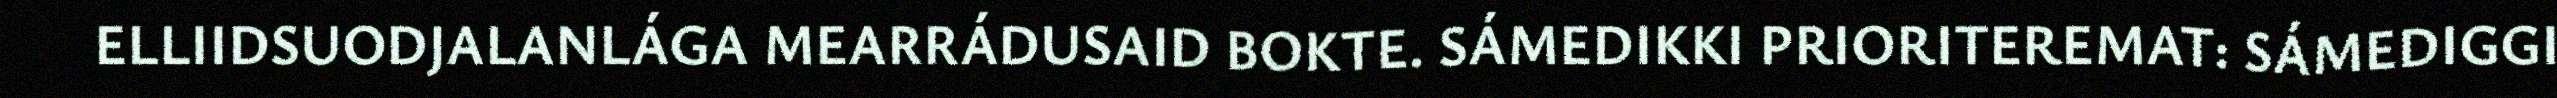
ELLIIDSUODJALANLÁGA MEARRÁDUSAID BOKTE. SÁMEDIKKI PRIORITEREMAT: SÁMEDIGGI